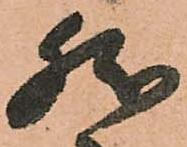
然